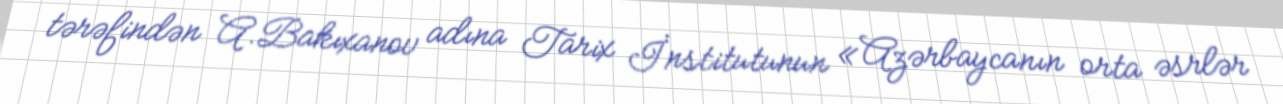
tərəfindən A.Bakıxanov adına Tarix İnstitutunun «Azərbaycanın orta əsrlər